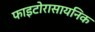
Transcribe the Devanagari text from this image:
फाइटोरासायनिक